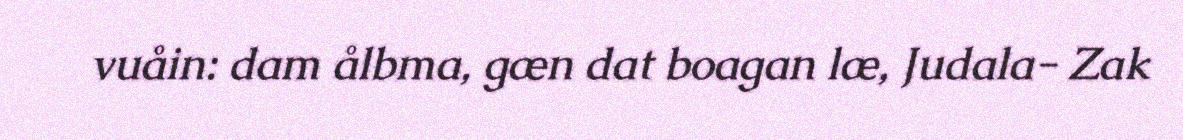
vuåin: dam ålbma, gæn dat boagan læ, Judala- Zak